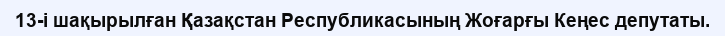
13-і шақырылған Қазақстан Республикасының Жоғарғы Кеңес депутаты.